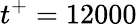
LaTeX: t^{+}=12000